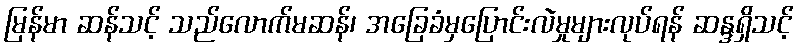
မြန်မာ ဆန်သင့် သည်လောက်မဆန်၊ အခြေခံမှပြောင်းလဲမှုများလုပ်ရန် ဆန္ဒရှိသင့်